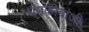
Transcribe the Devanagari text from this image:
धमकीबाजी